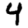
Digit: 4